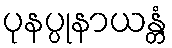
ပုနပ္ပုနာယန္တံ